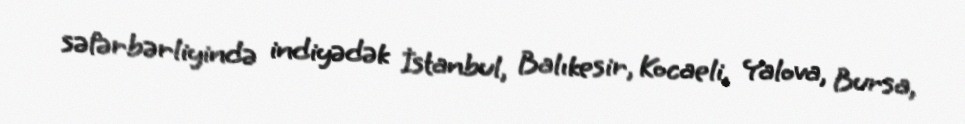
səfərbərliyində indiyədək İstanbul, Balıkesir, Kocaeli, Yalova, Bursa,